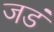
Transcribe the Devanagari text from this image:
जडं